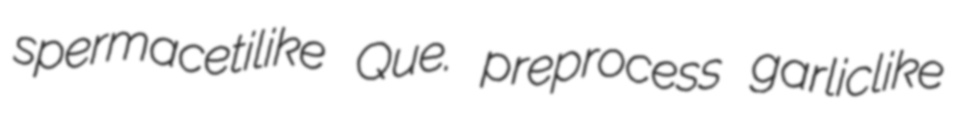
spermacetilike Que. preprocess garliclike